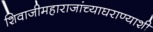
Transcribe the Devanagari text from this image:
शिवाजीमहाराजांच्याघराण्याशी